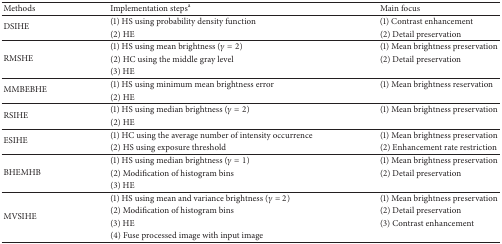
<table><thead><tr><td><b>Methods</b></td><td><b>Implementation steps<sup>a</sup></b></td><td><b>Main focus</b></td></tr></thead><tbody><tr><td rowspan="2">DSIHE</td><td>(1) HS using probability density function</td><td>(1) Contrast enhancement</td></tr><tr><td>(2) HE</td><td>(2) Detail preservation</td></tr><tr><td rowspan="3">RMSHE</td><td>(1) HS using mean brightness (<i>γ</i> = 2)</td><td>(1) Mean brightness preservation</td></tr><tr><td>(2) HC using the middle gray level</td><td>(2) Detail preservation</td></tr><tr><td>(3) HE</td><td> </td></tr><tr><td rowspan="2">MMBEBHE</td><td>(1) HS using minimum mean brightness error</td><td>(1) Mean brightness reservation</td></tr><tr><td>(2) HE</td><td> </td></tr><tr><td rowspan="2">RSIHE</td><td>(1) HS using median brightness (<i>γ</i> = 2)</td><td>(1) Mean brightness preservation</td></tr><tr><td>(2) HE</td><td> </td></tr><tr><td rowspan="2">ESIHE</td><td>(1) HC using the average number of intensity occurrence</td><td>(1) Mean brightness preservation</td></tr><tr><td>(2) HS using exposure threshold</td><td>(2) Enhancement rate restriction</td></tr><tr><td rowspan="3">BHEMHB</td><td>(1) HS using median brightness (<i>γ</i> = 1)</td><td>(1) Mean brightness preservation</td></tr><tr><td>(2) Modification of histogram bins</td><td>(2) Detail preservation</td></tr><tr><td>(3) HE</td><td> </td></tr><tr><td rowspan="4">MVSIHE</td><td>(1) HS using mean and variance brightness (<i>γ</i> = 2)</td><td>(1) Mean brightness preservation</td></tr><tr><td>(2) Modification of histogram bins</td><td>(2) Detail preservation</td></tr><tr><td>(3) HE</td><td>(3) Contrast enhancement</td></tr><tr><td>(4) Fuse processed image with input image</td><td> </td></tr></tbody></table>